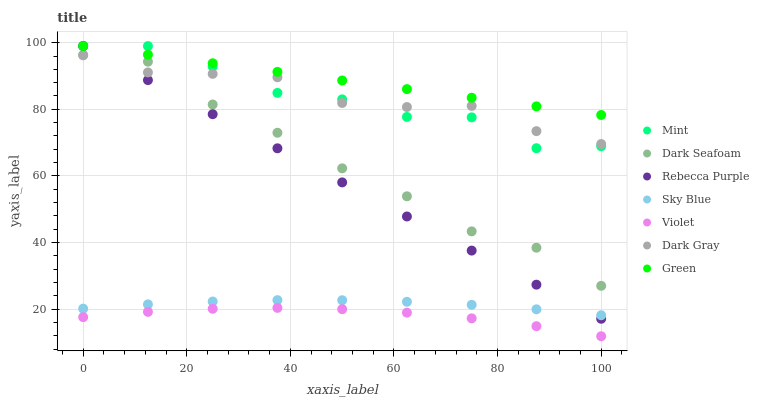
| xaxis_label | Mint | Dark Seafoam | Rebecca Purple | Sky Blue | Violet | Dark Gray | Green |
 | --- | --- | --- | --- | --- | --- | --- | --- |
 | 0 | 99 | 96.3 | 99 | 20.1 | 17.6 | 96.2 | 99 |
 | 12.5 | 99 | 94.3 | 88.8 | 21.4 | 19.2 | 91.1 | 96.4 |
 | 25 | 92.8 | 81.4 | 78.5 | 22.3 | 20.1 | 90.6 | 93.8 |
 | 37.5 | 84.9 | 72.9 | 68.3 | 22.7 | 20.4 | 89.6 | 91.2 |
 | 50 | 83 | 62.3 | 58 | 22.6 | 20 | 81.9 | 88.6 |
 | 62.5 | 77.7 | 53.9 | 47.8 | 22.2 | 18.9 | 80.7 | 86.1 |
 | 75 | 77.6 | 43.3 | 37.6 | 21.3 | 17.2 | 81 | 83.5 |
 | 87.5 | 68.3 | 38.4 | 27.3 | 19.9 | 14.9 | 73.4 | 80.9 |
 | 100 | 68.9 | 27 | 17.1 | 18.1 | 11.8 | 69.6 | 78.3 |